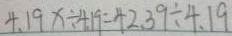
4 . 1 9 x \div 4 . 1 9 = 4 2 . 3 9 \div 4 . 1 9